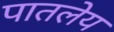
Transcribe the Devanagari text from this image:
पातलेय